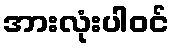
အားလုံးပါဝင်